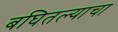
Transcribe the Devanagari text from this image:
बघितल्याचा